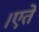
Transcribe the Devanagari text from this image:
।एते